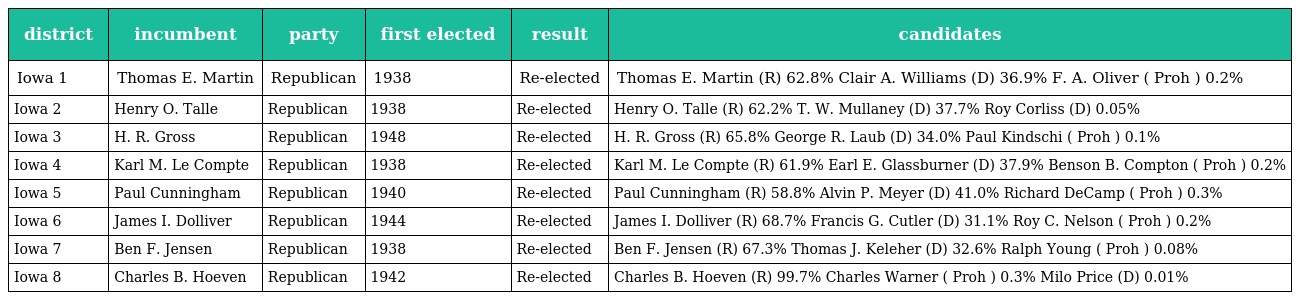
| district | incumbent | party | first elected | result | candidates |
 | --- | --- | --- | --- | --- | --- |
 | Iowa 1 | Thomas E. Martin | Republican | 1938 | Re-elected | Thomas E. Martin (R) 62.8% Clair A. Williams (D) 36.9% F. A. Oliver ( Proh ) 0.2% |
 | Iowa 2 | Henry O. Talle | Republican | 1938 | Re-elected | Henry O. Talle (R) 62.2% T. W. Mullaney (D) 37.7% Roy Corliss (D) 0.05% |
 | Iowa 3 | H. R. Gross | Republican | 1948 | Re-elected | H. R. Gross (R) 65.8% George R. Laub (D) 34.0% Paul Kindschi ( Proh ) 0.1% |
 | Iowa 4 | Karl M. Le Compte | Republican | 1938 | Re-elected | Karl M. Le Compte (R) 61.9% Earl E. Glassburner (D) 37.9% Benson B. Compton ( Proh ) 0.2% |
 | Iowa 5 | Paul Cunningham | Republican | 1940 | Re-elected | Paul Cunningham (R) 58.8% Alvin P. Meyer (D) 41.0% Richard DeCamp ( Proh ) 0.3% |
 | Iowa 6 | James I. Dolliver | Republican | 1944 | Re-elected | James I. Dolliver (R) 68.7% Francis G. Cutler (D) 31.1% Roy C. Nelson ( Proh ) 0.2% |
 | Iowa 7 | Ben F. Jensen | Republican | 1938 | Re-elected | Ben F. Jensen (R) 67.3% Thomas J. Keleher (D) 32.6% Ralph Young ( Proh ) 0.08% |
 | Iowa 8 | Charles B. Hoeven | Republican | 1942 | Re-elected | Charles B. Hoeven (R) 99.7% Charles Warner ( Proh ) 0.3% Milo Price (D) 0.01% |